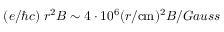
( e / \hbar c ) \; r ^ { 2 } B \sim 4 \cdot 1 0 ^ { 6 } ( r / \mathrm { c m } ) ^ { 2 } B / G a u s s